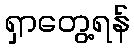
ရှာတွေ့ရန်